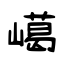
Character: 嶱